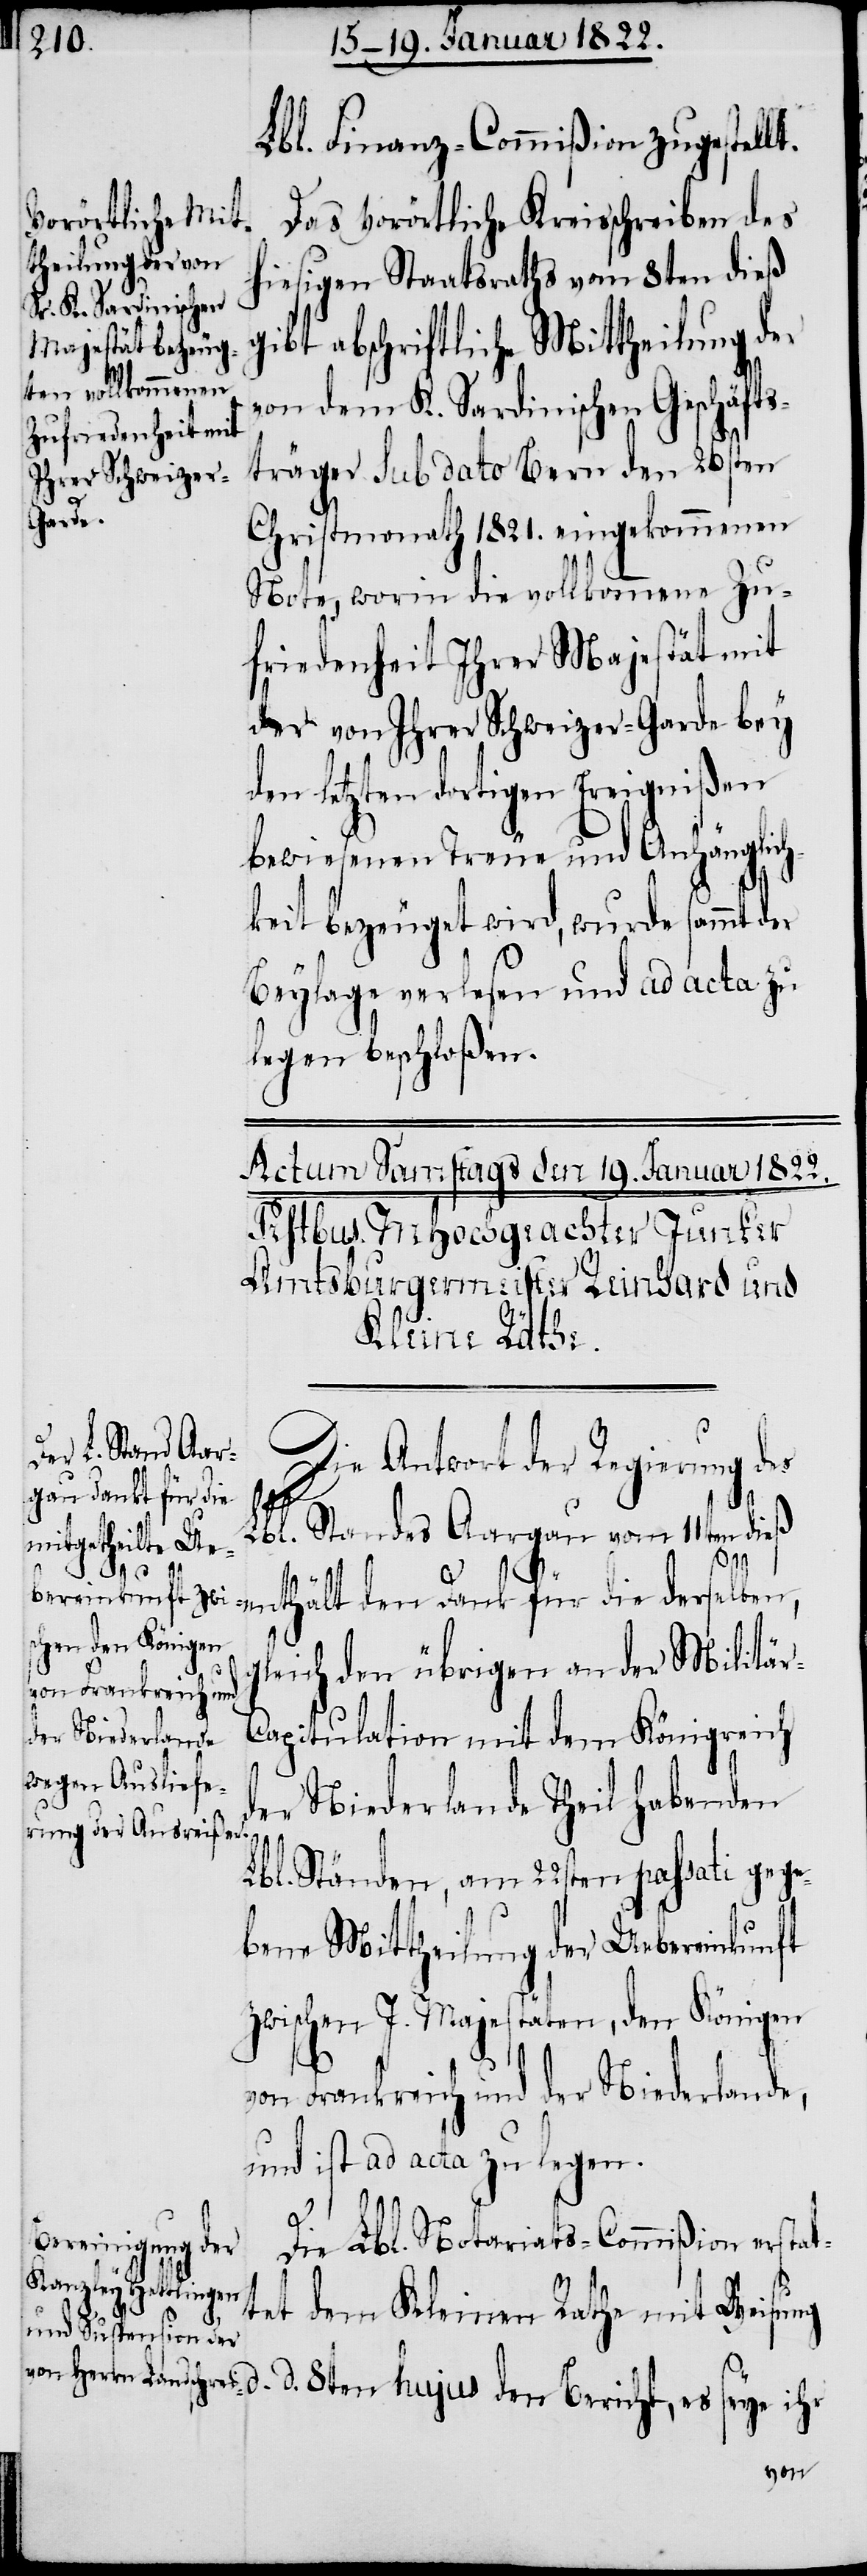
Lbl. Finanz-Commißion zugestellt.
Das vorörtliche Kreisschreiben des
hiesigen Staatsrathes vom 8ten dieß
gibt abschriftliche Mittheilung der
von dem K. Sardinischen Geschäfts¬
träger sub dato Bern den 26sten
Christmonath 1821. eingekommenen
Note, worin die vollkommene Zu¬
friedenheit Ihrer Majestät mit
der von Ihrer Schweizer-Garde bey
den letzten dortigen Ereignißen
bewiesenen Treue und Anhänglich¬
keit bezeuget wird, wurde sammt der
Beylage verlesen und ad acta zu
legen beschloßen.
Die Antwort der Regierung des
den Dank für die
ihr
den
Lbl. Standes Aargau vom 11ten dieß
gleich den übrigen an der Militä¬
apitulation mit dem Königreich
der Niederlande Theil habenden
Lbl. Ständen, am 22sten passati gege¬
bene Mittheilung der Uebereinkunft
zwischen J. Majestäten, den Königen
von Frankreich und der Niederlande,
und ist ad acta zu legen.
Die Lbl. Notariats-Commißion erstat¬
tet dem Kleinen Rath mit Weisung